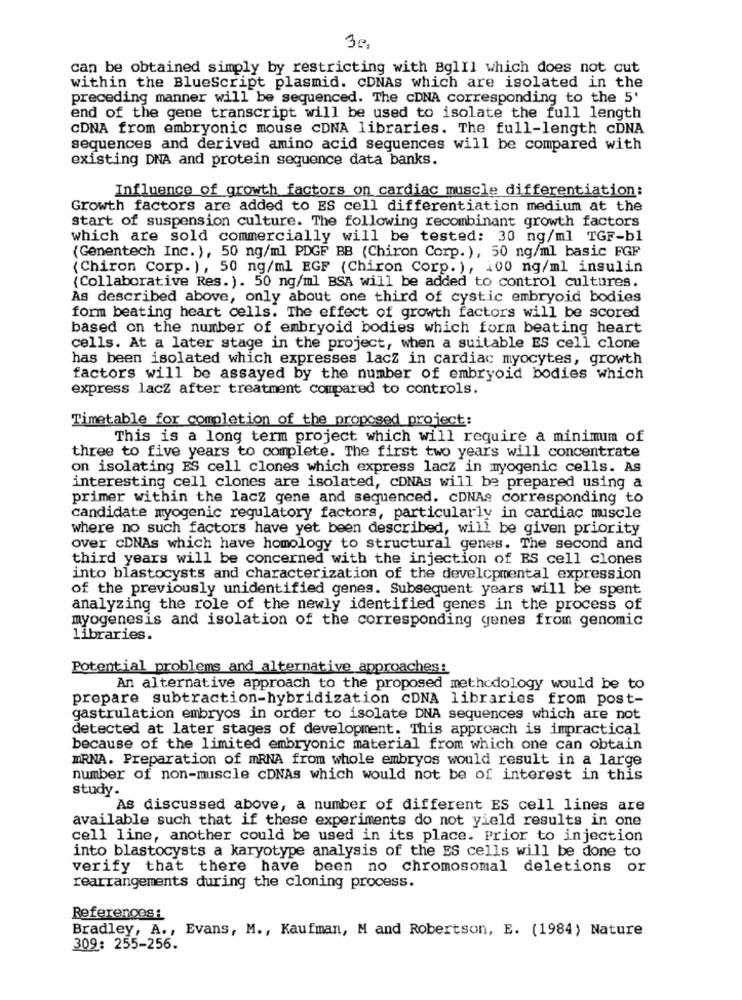
3º,
can be obtained simply by restricting with BglIl which does not cut
within the BlueScript plasmid. CDNAs which are isolated in the
preceding manner will be sequenced. The cDNA corresponding to the 5'
end of the gene transcript will be used to isolate the full length
CDNA from embryonic mouse cDNA libraries. The full-length cDNA
sequences and derived amino acid sequences will be compared with
existing DNA and protein sequence data banks.
Influence of growth factors on cardiac muscle differentiation:
Growth factors are added to ES cell differentiation medium at the
start of suspension culture. The following recombinant growth factors
which are sold commercially will be tested: 30 ng/ml TGF-b1
(Genentech Inc. ), 50 ng/ml PDGF BB (Chiron Corp. ), 50 ng/ml basic FGF
(Chiron Corp. ), 50 ng/ml EGF (Chiron Corp. ), 100 ng/ml insulin
(Collaborative Res. ). 50 ng/ml BSA will be added to control cultures.
As described above, only about one third of cystic embryoid bodies
form beating heart cells. The effect of growth factors will be scored
based on the number of embryoid bodies which form beating heart
cells. At a later stage in the project, when a suitable ES cell clone
has been isolated which expresses lacz in cardiac myocytes, growth
factors will be assayed by the number of embryoid bodies which
express lacz after treatment compared to controls.
Timetable for completion of the proposed project:
This is a long term project which will require a minimum of
three to five years to complete. The first two years will concentrate
on isolating ES cell clones which express lacz in myogenic cells. As
interesting cell clones are isolated, coNAs will be prepared using a
primer within the lacz gene and sequenced. CDNAs corresponding to
candidate myogenic regulatory factors, particularly in cardiac muscle
where no such factors have yet been described, will be given priority
over cDNAs which have homology to structural genes. The second and
third years will be concerned with the injection of ES cell clones
into blastocysts and characterization of the developmental expression
of the previously unidentified genes. Subsequent years will be spent
analyzing the role of the newly identified genes in the process of
myogenesis and isolation of the corresponding genes from genomic
libraries.
Potential problems and alternative approaches:
An alternative approach to the proposed methodology would be to
prepare subtraction-hybridization CDNA libraries from post-
gastrulation embryos in order to isolate DNA sequences which are not
detected at later stages of development. This approach is impractical
because of the limited embryonic material from which one can obtain
MRNA. Preparation of mRNA from whole embryos would result in a large
number of non-muscle cDNAS which would not be of interest in this
study.
As discussed above, a number of different ES cell lines are
available such that if these experiments do not yield results in one
cell line, another could be used in its place. Prior to injection
into blastocysts a karyotype analysis of the ES cells will be done to
verify that there have been no chromosomal deletions or
rearrangements during the cloning process.
References:
Bradley, A ., Evans, M ., Kaufman, M and Robertson, E. (1984) Nature
309: 255-256.